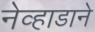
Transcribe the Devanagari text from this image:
नेव्हाडाने